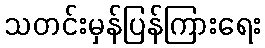
သတင်းမှန်ပြန်ကြားရေး